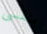
بنفسى